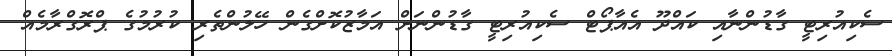
ސެކިއުރިޓީ ގާޑުންނާއި ކައްދޫ އެއާޕޯޓް ސެކިއުރިޓީ ގާޑުންނަށް އަމާޒުކޮށްގެން ހޭލުންތެރި ކުރުމުގެ ޕްރޮގްރާމެއް